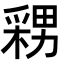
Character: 𭫫